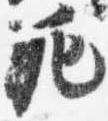
範